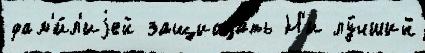
фам'и́л'иjей защища́ть Н'и лу́чший